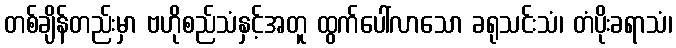
တစ်ချိန်တည်းမှာ ဗဟိုစည်သံနှင့်အတူ ထွက်ပေါ်လာသော ခရုသင်းသံ၊ တံပိုးခရာသံ၊